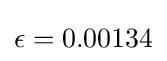
\epsilon =0.00134